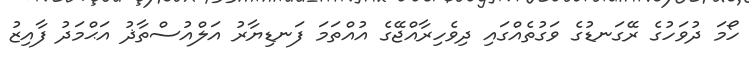
ހޯމަ ދުވަހުގެ ރޭގަނޑުގެ ވަގުތެއްގައި ދިވެހިރާއްޖޭގެ އުއްތަމަ ފަނޑިޔާރު އަލްއުސްތާޛު އަޙްމަދު ފާއިޒު